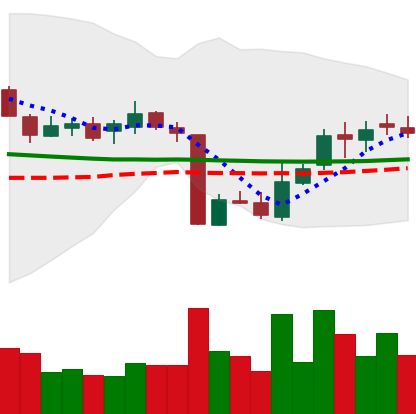
Ticker: XLM-USD
Chart end date: 2018-10-21
Forward return: -3.191%
Label: down_3_5